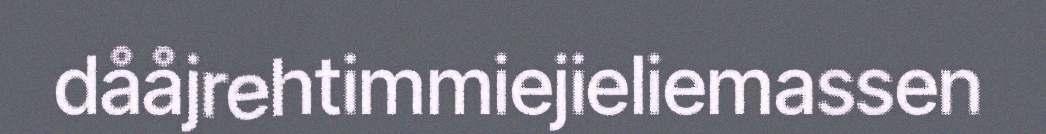
dååjrehtimmiejieliemassen